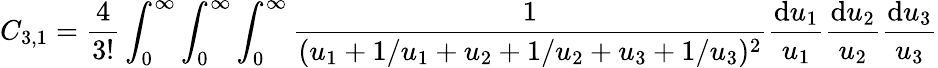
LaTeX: C_{3,1}=\frac{4}{3!}\int_{0}^{\infty}\int_{0}^{\infty}\int_{0}^{\infty}\frac{1}{(u_{1}+1/u_{1}+u_{2}+1/u_{2}+u_{3}+1/u_{3})^{2}}\frac{\mathrm{d}u_{1}}{u_{1}}\frac{\mathrm{d}u_{2}}{u_{2}}\frac{\mathrm{d}u_{3}}{u_{3}}